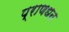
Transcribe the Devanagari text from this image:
प्राणधन